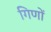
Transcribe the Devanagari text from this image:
गिणों